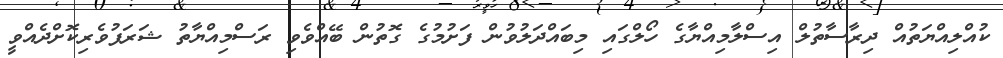
ކުއްލިއްޔަތުއް ދިރާސާތުލް އިސްލާމިއްޔާގެ ހޯލްގައި މިބައްދަލުވުން ފަށުމުގެ ގޮތުން ބޭއްވެވި ރަސްމިއްޔާތު ޝަރަފުވެރިކޮށްދެއްވީ